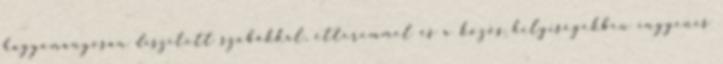
hagyományosan díszített szobákkal, étteremmel és a közös helyiségekben ingyenes